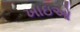
ખાઇઓ